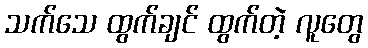
သက်သေ ထွက်ချင် ထွက်တဲ့ လူတွေ